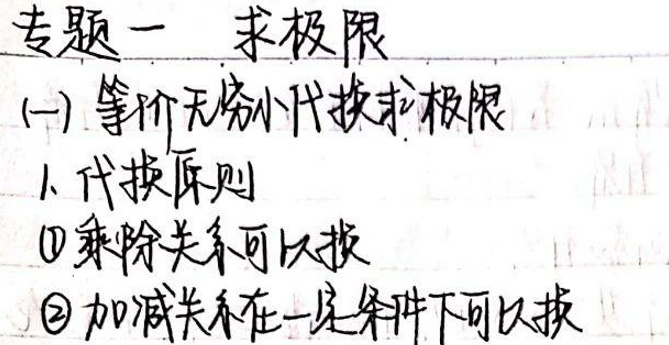
专题一 求极限

(一) 等价无穷小代换求极限
1. 代换原则
   \textcircled{1} 乘除关系可以换
   \textcircled{2} 加减关系在一定条件下可以换